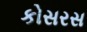
કોસરસ